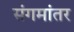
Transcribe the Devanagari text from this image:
संगमांतर